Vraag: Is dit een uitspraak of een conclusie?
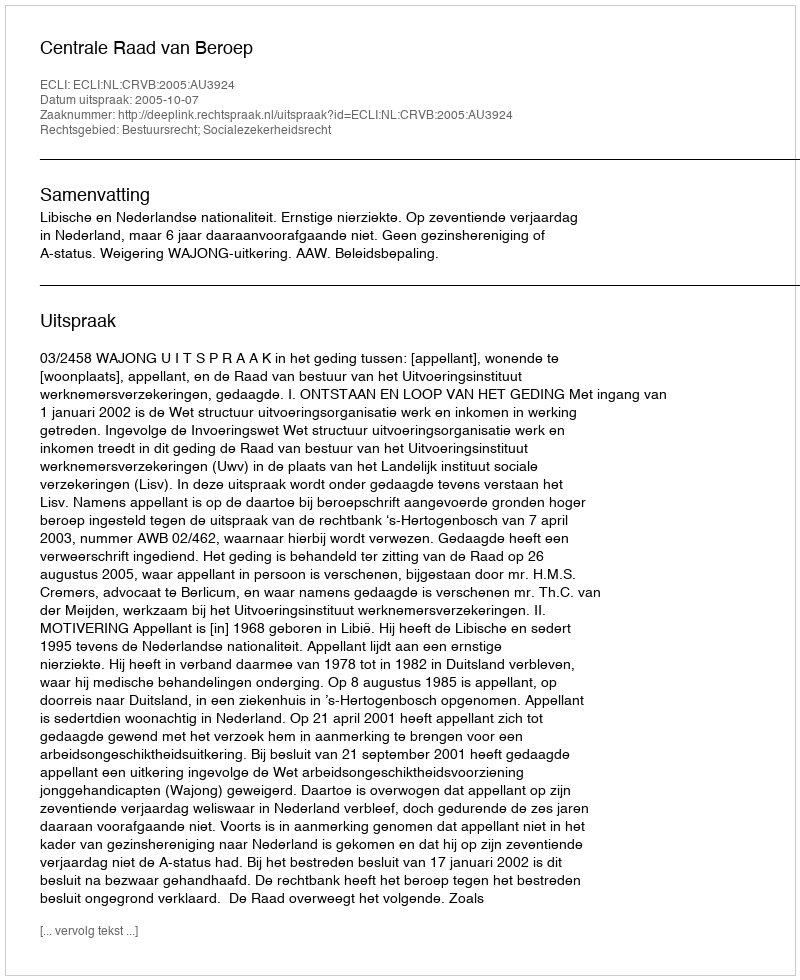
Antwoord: Uitspraak